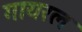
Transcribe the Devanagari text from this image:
गायरल